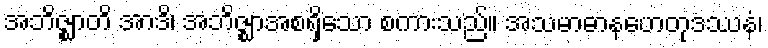
အဘိဇ္ဈာတိ အာဒိ၊ အဘိဇ္ဈာအစရှိသော စကားသည်။ အသမာဓာနဟေတုဒဿနံ၊